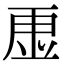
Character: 𮓠